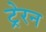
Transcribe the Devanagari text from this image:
ट्रेरन